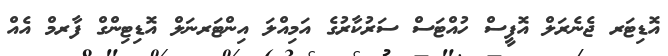
އޮޑިޓަރ ޖެނެރަލް އޮފީސް ހުއްޓަސް ސަރުކާރުގެ އަމިއްލަ އިންޓަރނަލް އޮޑިޓިންގް ފާރމް އެއް